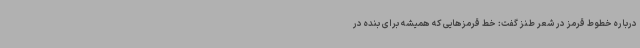
درباره خطوط قرمز در شعر طنز گفت: خط قرمزهایی که همیشه برای بنده در